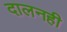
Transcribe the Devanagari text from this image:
दालनही